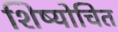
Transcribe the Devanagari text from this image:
शिष्योचित